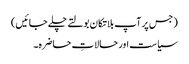
( جس پر آپ بلاتکان بولتے چلے جائیں)
سیاست اور حالاتِ حاضرہ۔